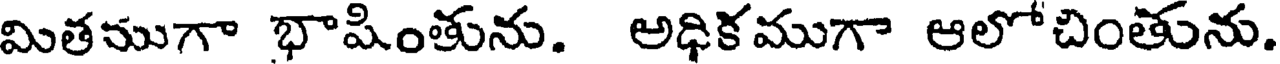
మితముగా భాషింతును. అధికముగా ఆలోచింతును.